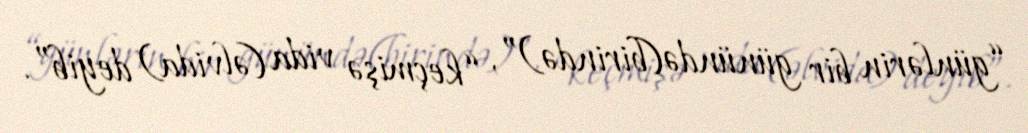
“günlərin bir günündə(birində)”, “keçmişə vida (əlvida) deyib”.